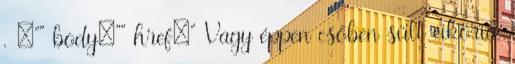
. ="" body="" href=" Vagy éppen csőben sült cikória,